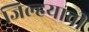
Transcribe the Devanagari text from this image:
जिल्हयाची